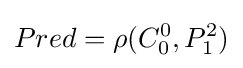
Pred=\rho (C_{0}^{0},P_{1}^{2})